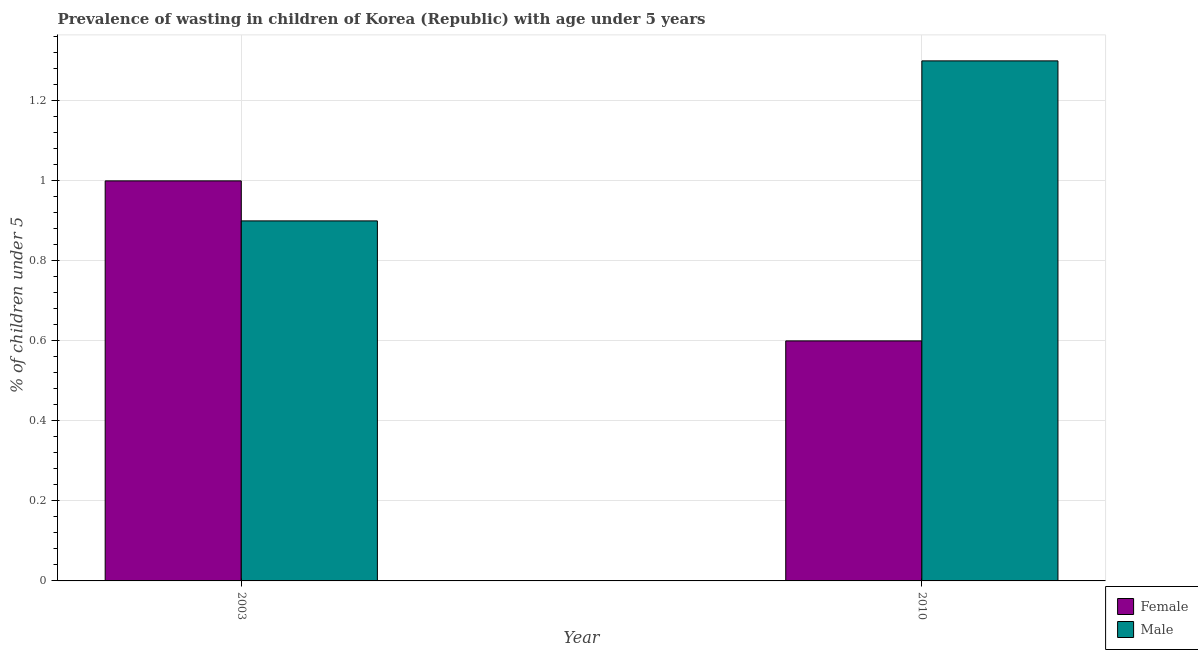
| Year | Female | Male |
 | --- | --- | --- |
 | 2003 | 1 | 0.9 |
 | 2010 | 0.6 | 1.3 |